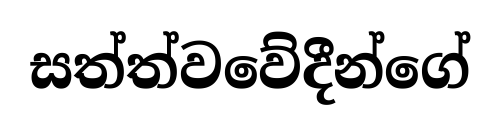
සත්ත්වවේදීන්ගේ